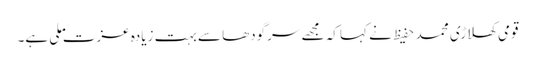
قومی کھلاڑی محمد حفیظ نے کہا کہ مجھے سرگودھا سے بہت زیادہ عزت ملی ہے۔